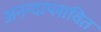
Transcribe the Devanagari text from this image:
अनन्दाप्लावित